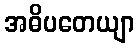
အဓိပတေယျာ